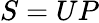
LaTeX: S=UP